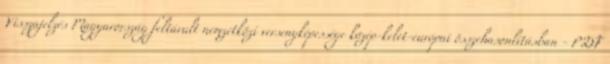
Visszajelzés Magyarország feltárult nemzetközi versenyképessége közép-kelet-európai összehasonlításban - PDF